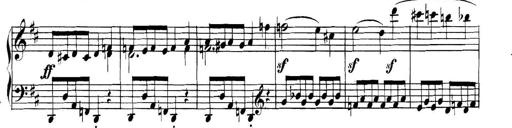
Title: Collected Piano Sonatas
Composer: Muzio Clementi